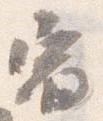
宿